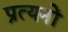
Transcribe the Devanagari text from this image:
प्रत्यनों